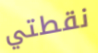
نقطتي